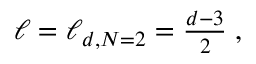
\begin{array} { r } { \ell = \ell _ { d , N = 2 } = \frac { d - 3 } { 2 } \; , } \end{array}